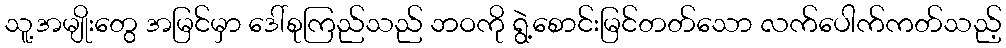
သူ့အမျိုးတွေ အမြင်မှာ ဒေါ်စုကြည်သည် ဘဝကို ရွဲ့စောင်းမြင်တတ်သော လက်ပေါက်ကတ်သည့်